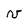
Character: v